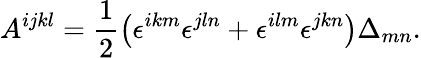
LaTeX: A^{ijkl}=\frac 12\left(\epsilon^{ikm}\epsilon^{jln}+\epsilon^{ilm}\epsilon^{jkn}\right)\Delta_{mn}.